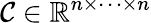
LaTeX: \mathcal{C}\in\mathbb{R}^{n\times\cdots\times n}